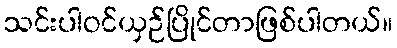
သင်းပါဝင်ယှဉ်ပြိုင်တာဖြစ်ပါတယ်။